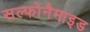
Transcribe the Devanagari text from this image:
सल्फोनैमाइड